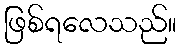
ဖြစ်ရလေသည်။